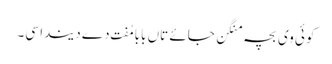
کوئی وی بچہ منگن جائے تاں بابا مُفت دے دیندا سی۔